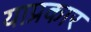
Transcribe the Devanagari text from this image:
याप्रकार